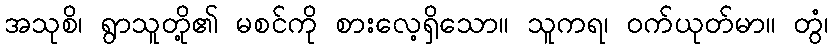
အသုစိ၊ ရွာသူတို့၏ မစင်ကို စားလေ့ရှိသော။ သူကရ၊ ဝက်ယုတ်မာ။ တွံ၊